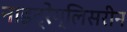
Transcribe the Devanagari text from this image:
नाइट्रेग्लिसरीन